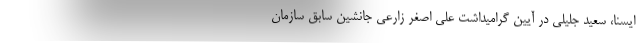
ایسنا، سعید جلیلی در ‌آیین گرامیداشت علی اصغر زارعی جانشین سابق سازمان